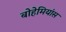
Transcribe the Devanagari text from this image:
बोहेमियांस